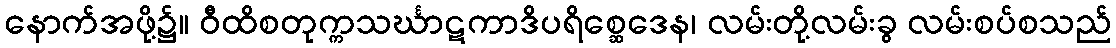
နောက်အဖို့၌။ ဝီထိစတုက္ကသင်္ဃာဋကာဒိပရိစ္ဆေဒေန၊ လမ်းတို့လမ်းခွ လမ်းစပ်စသည်